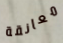
معانقة